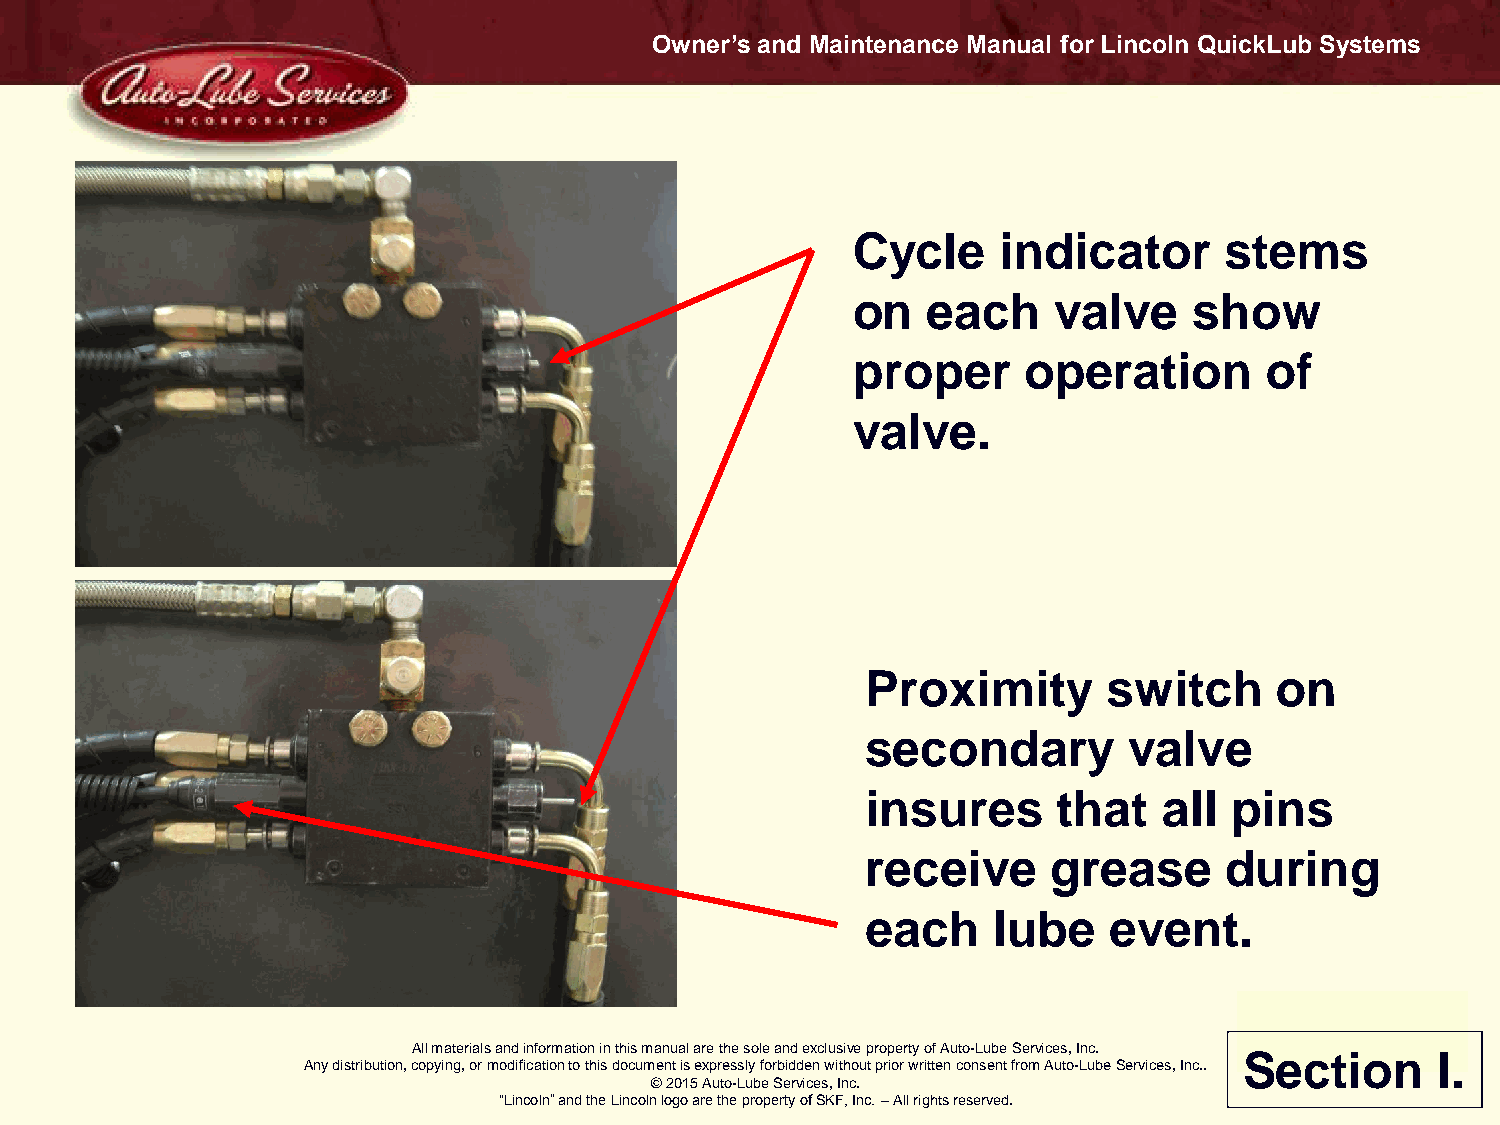
Owner’s and Maintenance Manual for Lincoln QuickLub Systems
 Cycle     indicator      stems
 on   each     valve    show
 proper      operation       of
 valve.
 Proximity       switch     on
 secondary         valve
 insures      that   all  pins
 receive      grease     during
 each     lube   event.
 All materials and information in this manual are the sole and exclusive property of Auto-Lube Services, Inc.
 Section      I.
 Any distribution, copying, or modification to this document is expressly forbidden without prior written consent from Auto-Lube Services, Inc..
 © 2015 Auto-Lube Services, Inc.
 “Lincoln” and the Lincoln logo are the property of SKF, Inc. – All rights reserved.